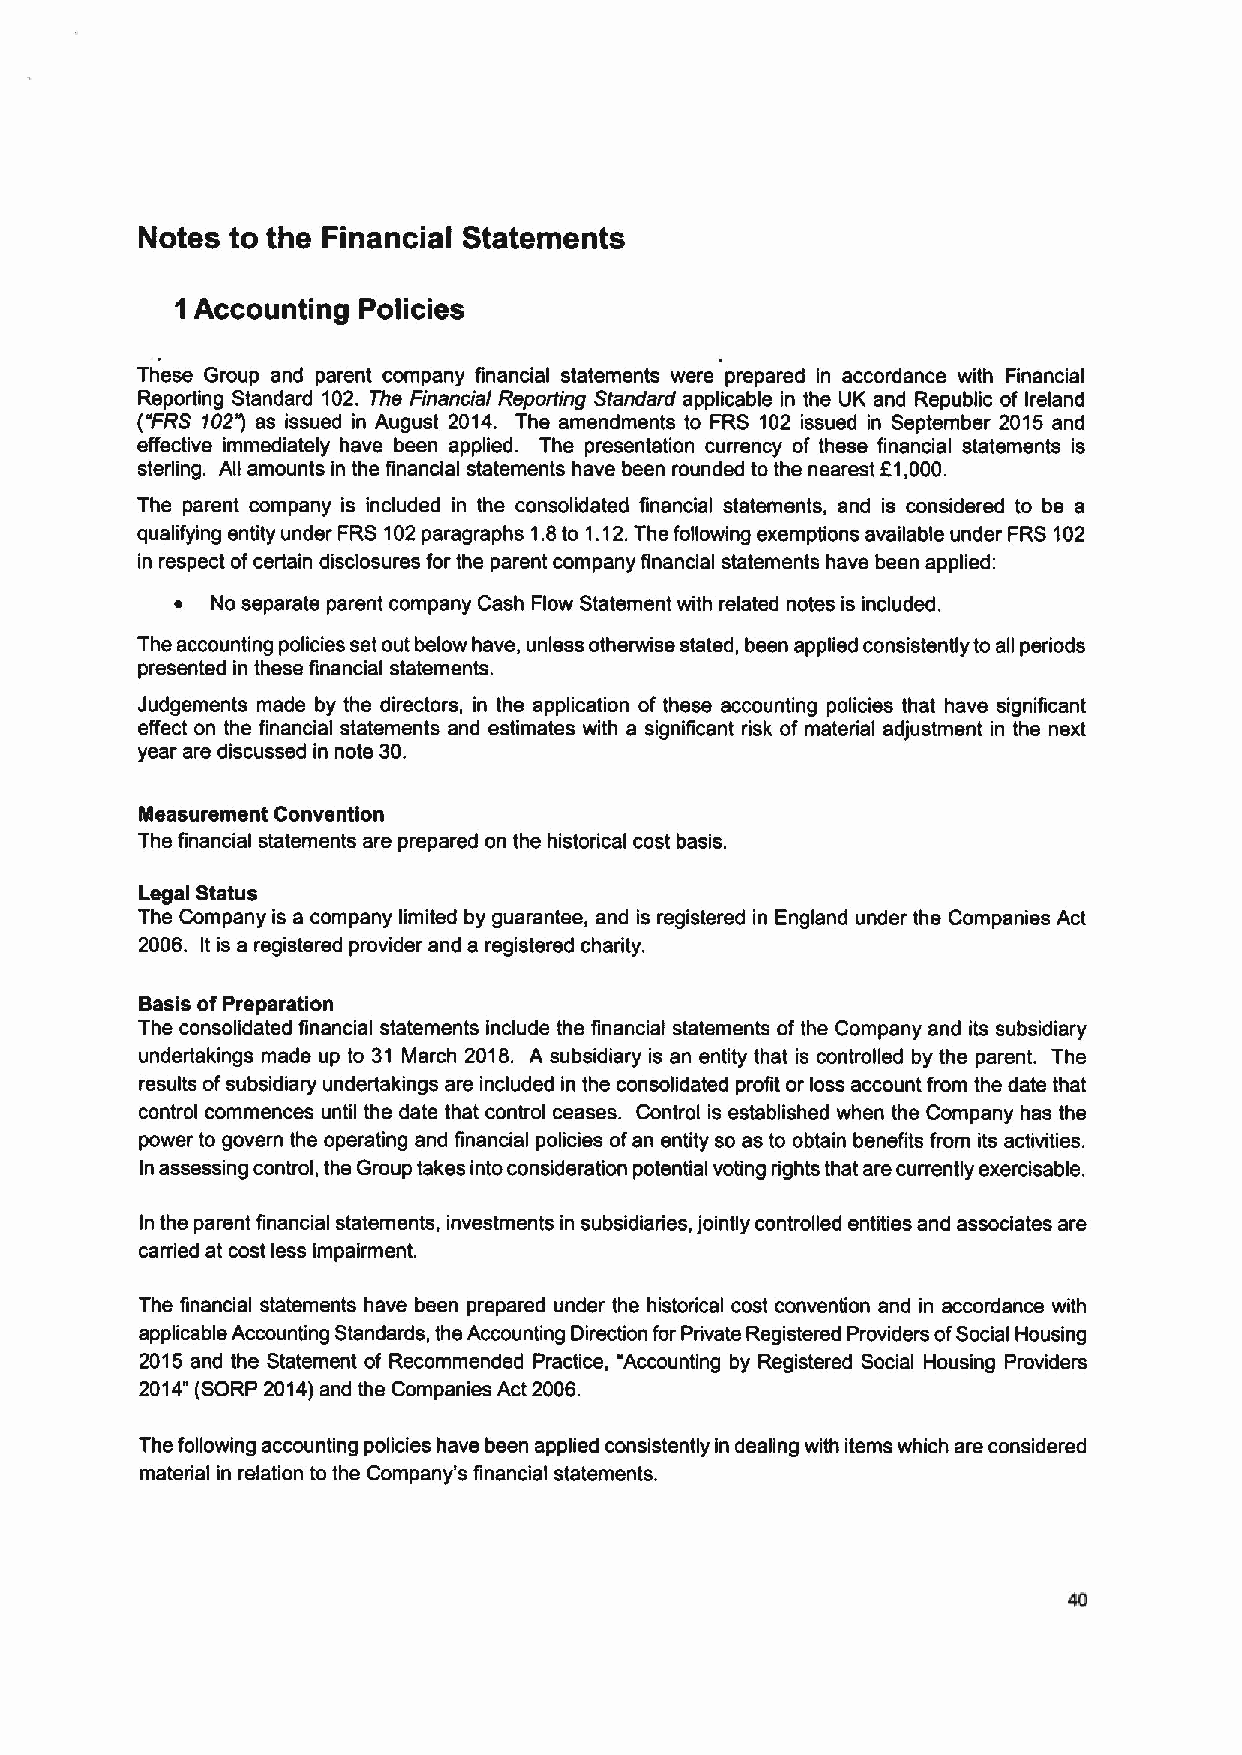
Notes to the Financial Statements
 1Accounting Policies
 These Group and parent company financial statements were prepared in accordance with Financial
 Reporting Standard 102. The Financial Reporting Standard applicable in the UK and Republic of Ireland
 ("FRS f02' as issued in August 2014. The amendments to FRS 102 issued in September 2015 and
 effective immediately have been applied. The presentation currency of these financial statements is
 sterling. All amounts in the financial statements have been rounded to the nearest F1,000.
 The parent company is included in the consolidated financial statements, and is considered to be a
 qualifying entity under FRS 102paragraphs 1.8to 1.12.The following exemptions available under FRS 102
 in respect ofcertain disclosures for the parent company financial statements have been applied:
 ~ No separate parent company Cash Flow Statement with related notes is included.
 The accounting policies set out below have, unless otherwise stated, been applied consistently to all periods
 presented in these financial statements.
 Judgements made by the directors, in the application of these accounting policies that have significant
 effect on the financial statements and estimates with a significant risk of material adjustment in the next
 year are discussed in note 30.
 Measurement Convention
 The financial statements are prepared on the historical cost basis.
 Legal Status
 The Company is a company limited by guarantee, and is registered in England under the Companies Act
 2006. It is a registered provider and a registered charity.
 Basis ofPreparation
 The consolidated financial statements include the financial statements of the Company and its subsidiary
 undertakings made up to 31 March 2018. A subsidiary is an entity that is controlled by the parent. The
 results ofsubsidiary undertakings are included in the consolidated profit or loss account from the date that
 control commences until the date that control ceases. Control is established when the Company has the
 power to govern the operating and financial policies ofan entity so as to obtain benefits from its activities.
 In assessing control, the Group takes into consideration potential voting rights that are currently exercisable.
 In the parent financial statements, investments in subsidiaries, jointly controlled entities and associates are
 carried at cost less impairment.
 The financial statements have been prepared under the historical cost convention and in accordance with
 applicable Accounting Standards, the Accounting Direction for Private Registered Providers ofSocial Housing
 2015 and the Statement of Recommended Practice, "Accounting by Registered Social Housing Providers
 2014"(SORP 2014)and the Companies Act 2006.
 The following accounting policies have been applied consistently in dealing with items which are considered
 material in relation to the Company's financial statements.